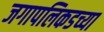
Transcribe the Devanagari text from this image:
जगापलिकडच्या